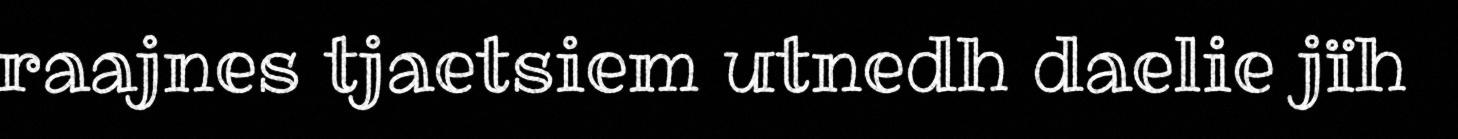
raajnes tjaetsiem utnedh daelie jïh